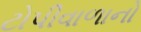
ટોપીવાળાનો